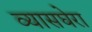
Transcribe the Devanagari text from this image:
व्यासघेरा